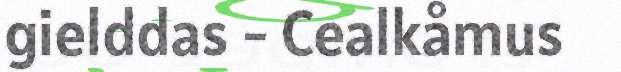
gielddas - Cealkåmus